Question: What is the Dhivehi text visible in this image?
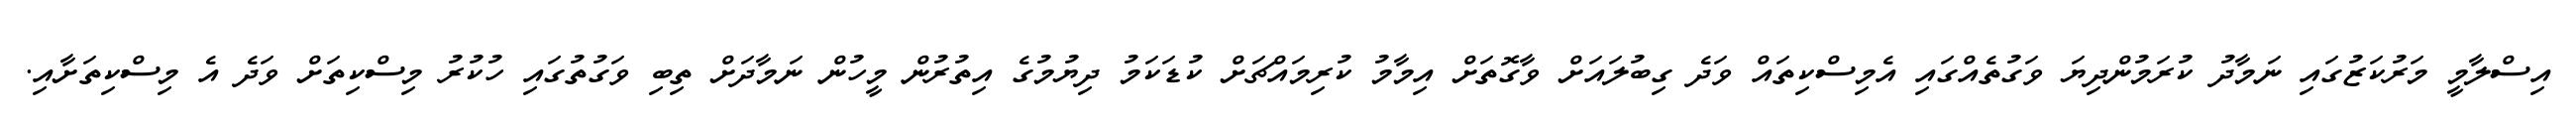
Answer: އިސްލާމީ މަރުކަޒުގައި ނަމާދު ކުރަމުންދިޔަ ވަގުތެއްގައި އެމިސްކިތައް ވަދެ ގިބުލައަށް ވާގޮތަށް އިމާމު ކުރިމައްޗަށް ކުޑަކަމު ދިޔުމުގެ އިތުރުން މީހުން ނަމާދަށް ތިބި ވަގުތުގައި ހުކުރު މިސްކިތަށް ވަދެ އެ މިސްކިތަށާއި.